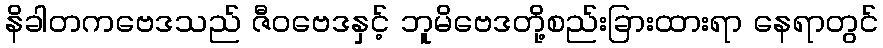
နိခါတကဗေဒသည် ဇီဝဗေဒနှင့် ဘူမိဗေဒတို့စည်းခြားထားရာ နေရာတွင်